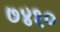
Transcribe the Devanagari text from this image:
७४१०